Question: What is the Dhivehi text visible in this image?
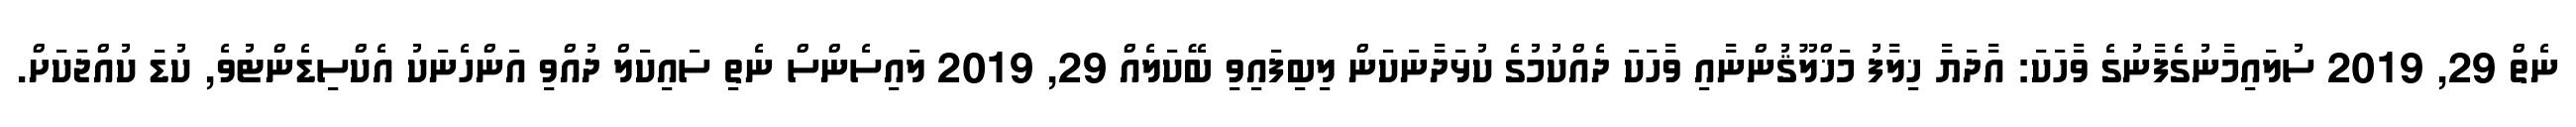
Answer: ނެތް 29, 2019 ސުލައިމާނުގެފާނުގެ ވާހަކަ: އާދަޔާ ޚިލާފު މަޚްލޫޤުންނާއި ވާހަކަ ދެއްކުމުގެ ކުޅަދާނަކަން ލިބިފައިވި ބޭކަލެއް 29, 2019 ލައިސެންސް ނެތި ސައިކަލް ދުއްވި އަންހެނަކު އެކްސިޑެންޓުވެ, ކުޑަ ކުއްޖަކަށް.